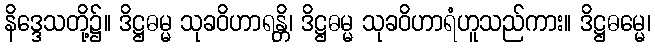
နိဒ္ဒေသတို့၌။ ဒိဋ္ဌဓမ္မ သုခဝိဟာရန္တိ၊ ဒိဋ္ဌဓမ္မ သုခဝိဟာရံဟူသည်ကား။ ဒိဋ္ဌဓမ္မေ၊